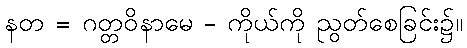
နတ = ဂတ္တဝိနာမေ - ကိုယ်ကို ညွတ်စေခြင်း၌။